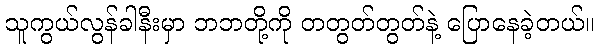
သူကွယ်လွန်ခါနီးမှာ ဘဘတို့ကို တတွတ်တွတ်နဲ့ ပြောနေခဲ့တယ်။